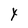
Character: Y